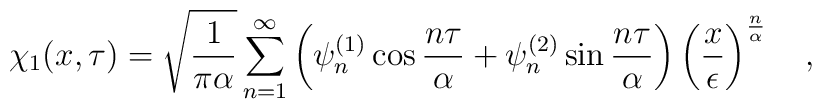
\chi_1(x,\tau)=\sqrt{1 \over\pi\alpha}\sum_{n=1}^{\infty}\left(\psi^{(1)}_n\cos{ n \tau \over\alpha}+\psi^{(2)}_n\sin{ n \tau\over \alpha }\right)\left({x \over\epsilon}\right)^{n\over\alpha }~~~,